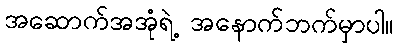
အဆောက်အအုံရဲ့ အနောက်ဘက်မှာပါ။